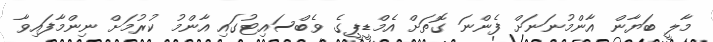
މާލީ ބަޔާން އާންމުނަނަށް ފެންނަ ގޮތަށް އެމްޑީޕީގެ ވެބްސައިޓުގައި އާންމު ކުރުމަށް ނިންމާފައިވާ